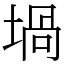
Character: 堝